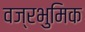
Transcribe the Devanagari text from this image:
वज्रभुमिक